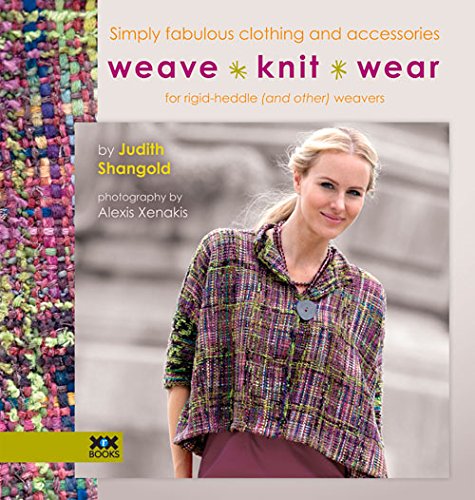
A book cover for WeaveE¢KnitE¢Wear: Simply Fabulous Clothing and Accessories for Rigid Heddle (and Other) Weavers; Judith Shangold; Crafts, Hobbies & Home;